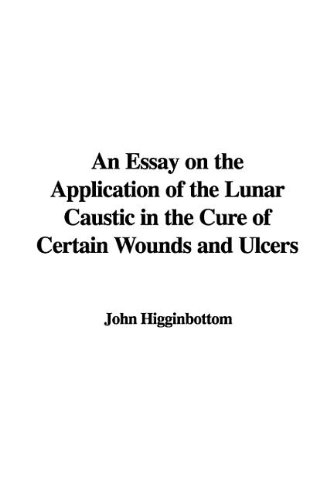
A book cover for An Essay on the Application of the Lunar Caustic in the Cure of Certain Wounds and Ulcers; John Higginbottom; Health, Fitness & Dieting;